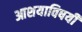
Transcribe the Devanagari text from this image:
आशयाविषयी